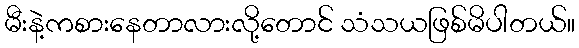
မီးနဲ့ကစားနေတာလားလို့တောင် သံသယဖြစ်မိပါတယ်။